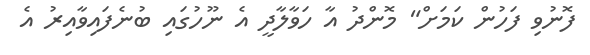
ފޮނުވި ފަހުން ކަމަށް" މޮންދު އާ ހަވާލާދީ އެ ނޫހުގައި ބުނެފައިވާއިރު އެ